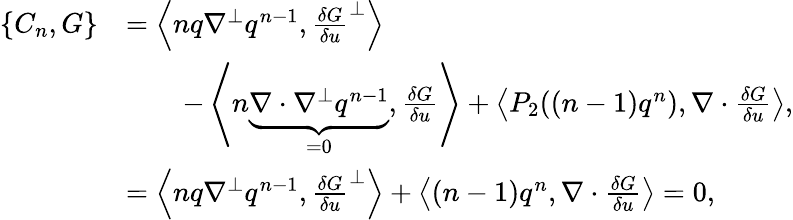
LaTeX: \begin{array}{rl}{\{ C_{n},G\} }&{=\left\langle nq\nabla^{\perp}q^{n-1},\frac{\delta G}{\delta u}^{\perp}\right\rangle}\\ &{\qquad-\left\langle n\underbrace{\nabla\cdot\nabla^{\perp}q^{n-1}}_{=0},\frac{\delta G}{\delta u}\right\rangle+\left\langle P_{2}((n-1)q^{n}),\nabla\cdot\frac{\delta G}{\delta u}\right\rangle,}\\ &{=\left\langle nq\nabla^{\perp}q^{n-1},\frac{\delta G}{\delta u}^{\perp}\right\rangle+\left\langle(n-1)q^{n},\nabla\cdot\frac{\delta G}{\delta u}\right\rangle=0,}\end{array}